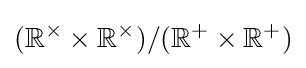
(\mathbb {R} ^{\times }\times \mathbb {R} ^{\times })/(\mathbb {R} ^{+}\times \mathbb {R} ^{+})